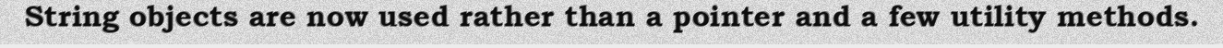
String objects are now used rather than a pointer and a few utility methods.